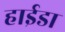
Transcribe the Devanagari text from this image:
हाईडा